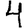
Digit: 4